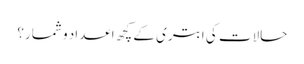
حالات کی ابتری کے کچھ اعداد و شمار؟